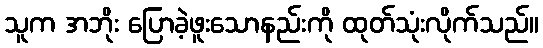
သူက အဘိုး ပြောခဲ့ဖူးသောနည်းကို ထုတ်သုံးလိုက်သည်။